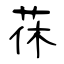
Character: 茠